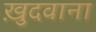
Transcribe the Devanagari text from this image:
ख़ुदवाना